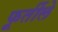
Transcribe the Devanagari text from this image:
फूर्तीले